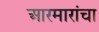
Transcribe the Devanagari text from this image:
आरमारांचा